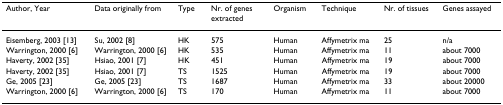
| Author, Year | Data originally from | Type | Nr. of genes extracted | Organism | Technique | Nr. of tissues | Genes assayed |
 | --- | --- | --- | --- | --- | --- | --- | --- |
 | Eisemberg, 2003 [13] | Su, 2002 [8] | HK | 575 | Human | Affymetrix ma | 25 | n/a |
 | Warrington, 2000 [6] | Warrington, 2000 [6] | HK | 535 | Human | Affymetrix ma | 11 | about 7000 |
 | Haverty, 2002 [35] | Hsiao, 2001 [7] | HK | 451 | Human | Affymetrix ma | 19 | about 7000 |
 | Haverty, 2002 [35] | Hsiao, 2001 [7] | TS | 1525 | Human | Affymetrix ma | 19 | about 7000 |
 | Ge, 2005 [23] | Ge, 2005 [23] | TS | 1687 | Human | Affymetrix ma | 33 | about 20000 |
 | Warrington, 2000 [6] | Warrington, 2000 [6] | TS | 170 | Human | Affymetrix ma | 11 | about 7000 |